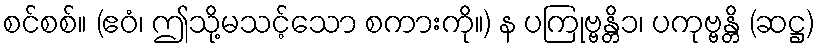
စင်စစ်။ (ဧဝံ၊ ဤသို့မသင့်သော စကားကို။) န ပကြုဗ္ဗန္တိ၁၊ ပကုဗ္ဗန္တိ (ဆဋ္ဌ)